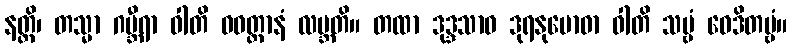
နတ္ထိ၊ တသ္မာ ဂမ္ဘီရာ ဝါတိ ဝဝတ္ထာနံ လဗ္ဘတိ။ တထာ ဒုဒ္ဒသာဝ ဒုရနုဗောဓာ ဝါတိ သဗ္ဗံ ဝေဒိတဗ္ဗံ။